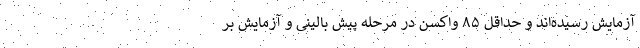
آزمایش رسیده‌اند و حداقل ۸۵ واکسن در مرحله پیش بالینی و آزمایش بر